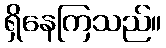
ရှိနေကြသည်။